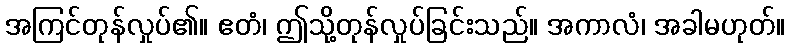
အကြင်တုန်လှုပ်၏။ ဧတံ၊ ဤသို့တုန်လှုပ်ခြင်းသည်။ အကာလံ၊ အခါမဟုတ်။